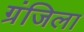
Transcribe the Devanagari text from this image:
ग्रंजिला